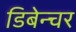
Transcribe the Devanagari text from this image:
डिबेन्‍चर